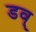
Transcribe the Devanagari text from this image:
डव्